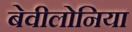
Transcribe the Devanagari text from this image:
बेवीलोनिया